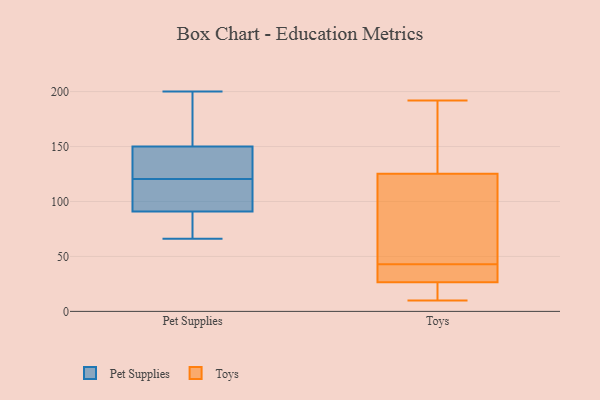
{"axis": {"x": "Churn Rate (%)", "y": "Value"}, "legend": ["Pet Supplies", "Toys"], "data": [{"x": "", "y": 141, "type": "Pet Supplies"}, {"x": "", "y": 200, "type": "Pet Supplies"}, {"x": "", "y": 190, "type": "Pet Supplies"}, {"x": "", "y": 96, "type": "Pet Supplies"}, {"x": "", "y": 76, "type": "Pet Supplies"}, {"x": "", "y": 98, "type": "Pet Supplies"}, {"x": "", "y": 66, "type": "Pet Supplies"}, {"x": "", "y": 150, "type": "Pet Supplies"}, {"x": "", "y": 129, "type": "Pet Supplies"}, {"x": "", "y": 174, "type": "Pet Supplies"}, {"x": "", "y": 116, "type": "Pet Supplies"}, {"x": "", "y": 91, "type": "Pet Supplies"}, {"x": "", "y": 125, "type": "Pet Supplies"}, {"x": "", "y": 72, "type": "Pet Supplies"}, {"x": "", "y": 98, "type": "Toys"}, {"x": "", "y": 11, "type": "Toys"}, {"x": "", "y": 33, "type": "Toys"}, {"x": "", "y": 10, "type": "Toys"}, {"x": "", "y": 25, "type": "Toys"}, {"x": "", "y": 41, "type": "Toys"}, {"x": "", "y": 113, "type": "Toys"}, {"x": "", "y": 189, "type": "Toys"}, {"x": "", "y": 43, "type": "Toys"}, {"x": "", "y": 175, "type": "Toys"}, {"x": "", "y": 77, "type": "Toys"}, {"x": "", "y": 39, "type": "Toys"}, {"x": "", "y": 162, "type": "Toys"}, {"x": "", "y": 27, "type": "Toys"}, {"x": "", "y": 192, "type": "Toys"}, {"x": "", "y": 10, "type": "Toys"}, {"x": "", "y": 106, "type": "Toys"}]}